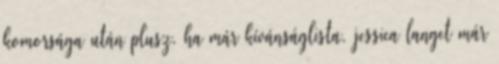
komorsága után plusz, ha már kívánságlista, jessica langet már